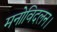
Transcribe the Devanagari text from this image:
मनोविदलन।